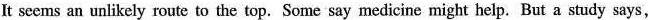
It seems an unlikely route to the top. Some say medicine might help.But a study says,